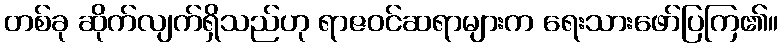
တစ်ခု ဆိုက်လျက်ရှိသည်ဟု ရာဇဝင်ဆရာများက ရေးသားဖော်ပြကြ၏။